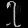
Digit: ၇